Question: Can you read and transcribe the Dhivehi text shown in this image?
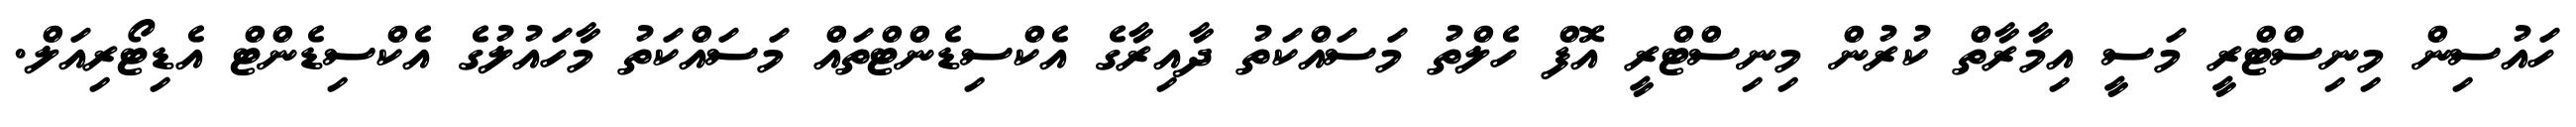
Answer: ހައުސިން މިނިސްޓްރީ މަސީ އިމާރާތް ކުރުން މިނިސްޓްރީ އޮފް ހެލްތު މަސައްކަތު ދާއިރާގެ އެކްސިޑެންޓްތައް މަސައްކަތު މާހައުލުގެ އެކްސިޑެންޓް އެޑިޓޯރިއަލް.